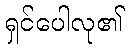
ရှင်ပေါလု၏